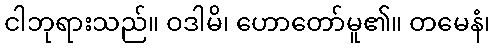
ငါဘုရားသည်။ ဝဒါမိ၊ ဟောတော်မူ၏။ တမေနံ၊